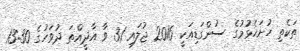
ތަކެތި ހުށަހެޅުމުގެ ސުންގަޑިއަކީ 2016 ޖުލައި 31 ވާ އާދީއްތަ ދުވަހުގެ 13:30